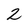
Character: 2